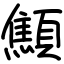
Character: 顦